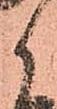
候